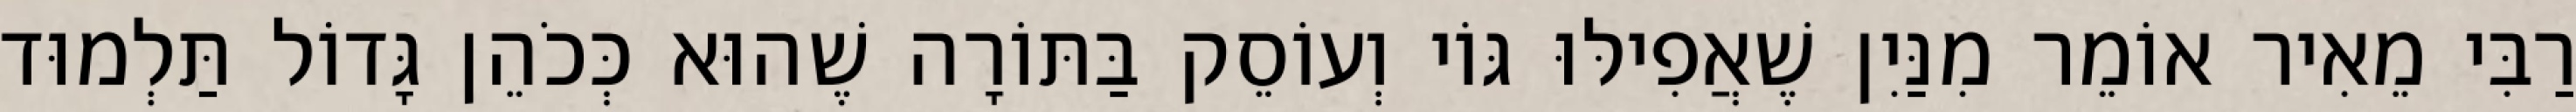
רַבִּי מֵאִיר אוֹמֵר מִנַּיִן שֶׁאֲפִילּוּ גּוֹי וְעוֹסֵק בַּתּוֹרָה שֶׁהוּא כְּכֹהֵן גָּדוֹל תַּלְמוּד